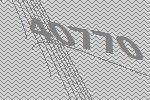
40770